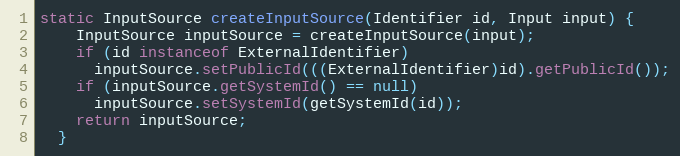
Language: Java
static InputSource createInputSource(Identifier id, Input input) {
    InputSource inputSource = createInputSource(input);
    if (id instanceof ExternalIdentifier)
      inputSource.setPublicId(((ExternalIdentifier)id).getPublicId());
    if (inputSource.getSystemId() == null)
      inputSource.setSystemId(getSystemId(id));
    return inputSource;
  }